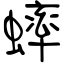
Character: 蟀